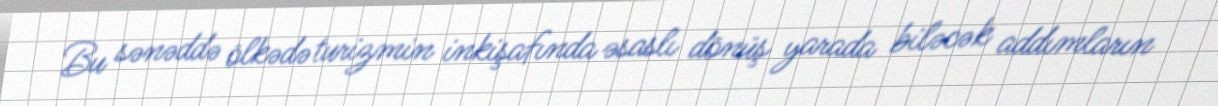
Bu sənəddə ölkədə turizmin inkişafında əsaslı dönüş yarada biləcək addımların